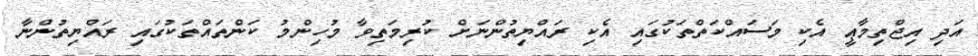
އަދި އިޖްތިމާޢީ އެކި މަސައްކަތްތަކުގައި އެކި ރައްޔިތުންނަށް ކުރިމަތިވާ މުހިންމު ކަންތައްތަކުގައި ރައްޔިތުންނާ